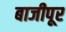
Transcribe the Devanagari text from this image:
बाजीपूर